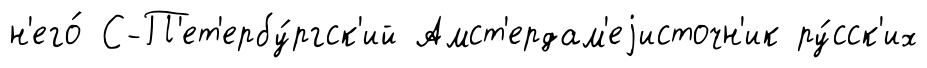
н'его́ С-П'ет'ербу́ргск'ий Амст'ердам'еjисточн'ик ру́сск'их